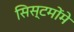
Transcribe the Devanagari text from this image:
सिस्टमोंमे